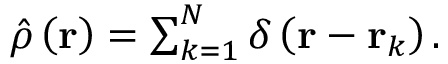
\begin{array} { r } { \hat { \rho } \left( \mathbf { r } \right) = \sum _ { k = 1 } ^ { N } \delta \left( \mathbf { r } - \mathbf { r } _ { k } \right) . } \end{array}